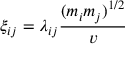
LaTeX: \xi _ { i j } = \lambda _ { i j } \frac { ( m _ { i } m _ { j } ) ^ { 1 / 2 } } { v }